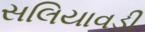
સલિયાવડી